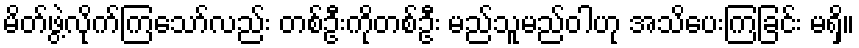
မိတ်ဖွဲ့လိုက်ကြသော်လည်း တစ်ဦးကိုတစ်ဦး မည်သူမည်ဝါဟု အသိပေးကြခြင်း မရှိ။